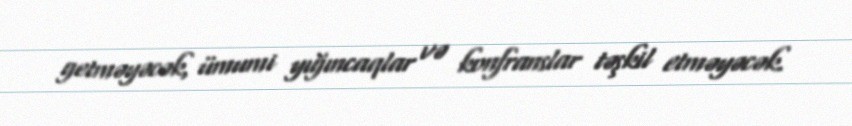
getməyəcək, ümumi yığıncaqlar və konfranslar təşkil etməyəcək.